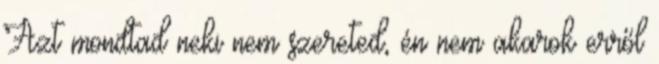
Azt mondtad neki nem szereted, én nem akarok erről